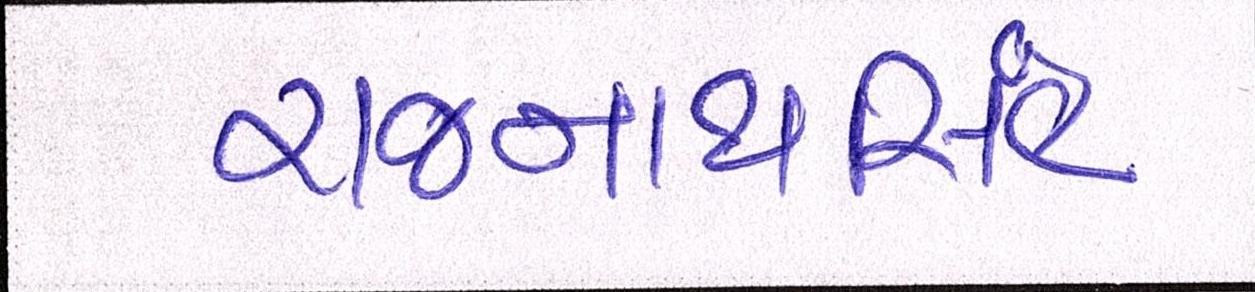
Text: રાજનાથસિંહ